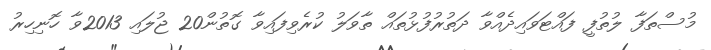
މުސްތަފާ ލުތުފީ ފައްޓަވައިދެއްވާ ދަތުރުފުޅުތައް ތާވަލު ކުރެވިފައިވާ ގޮތުން20 ޖުލައި 2013ވާ ހޮނިހިރު